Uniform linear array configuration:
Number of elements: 12
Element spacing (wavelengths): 1
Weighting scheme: exponential
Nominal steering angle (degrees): -15
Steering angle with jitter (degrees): -14.607
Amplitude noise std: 0.05
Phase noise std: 0.05

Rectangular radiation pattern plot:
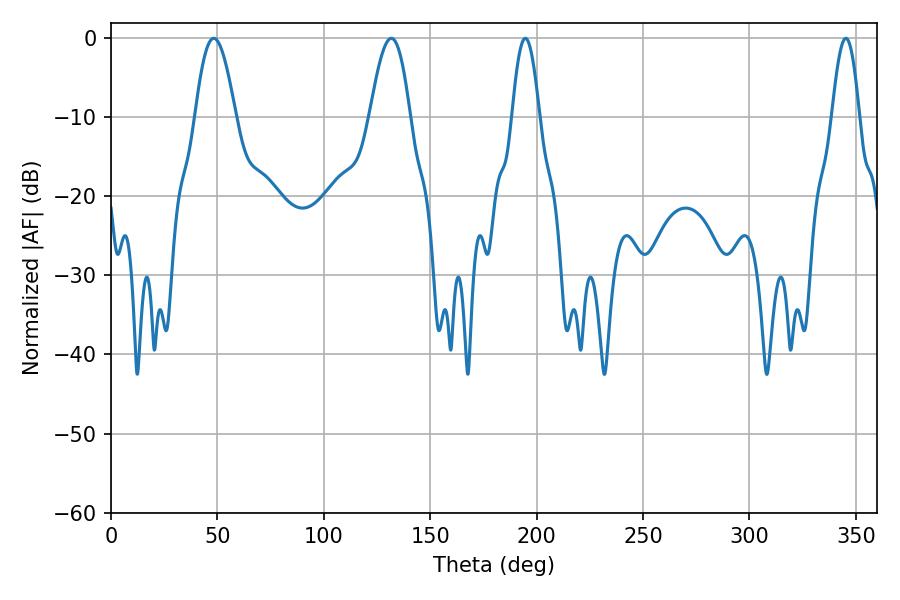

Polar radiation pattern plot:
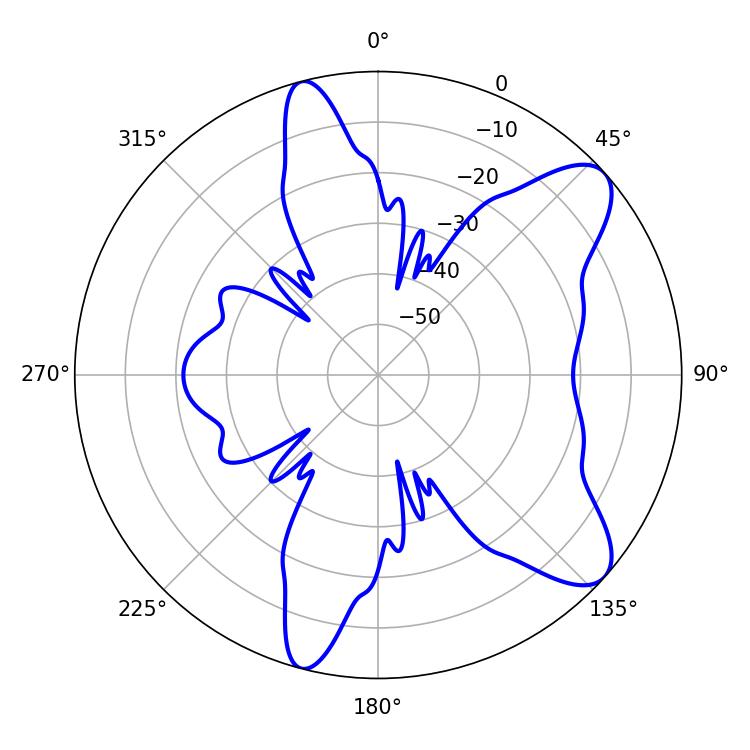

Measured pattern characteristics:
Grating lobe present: TRUE
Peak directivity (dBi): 9.254
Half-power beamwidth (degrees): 10.26
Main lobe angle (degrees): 48.24